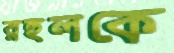
রহুলকে